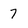
Character: 7